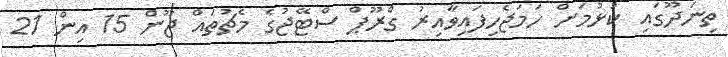
ތިނަދޫގައި ކުޅުމަށް ހަމަޖެހިފައިވާއިރު ގްރޫޕް ސްޓޭޖުގެ މެޗުތައް ޖޫން 15 އިން 21